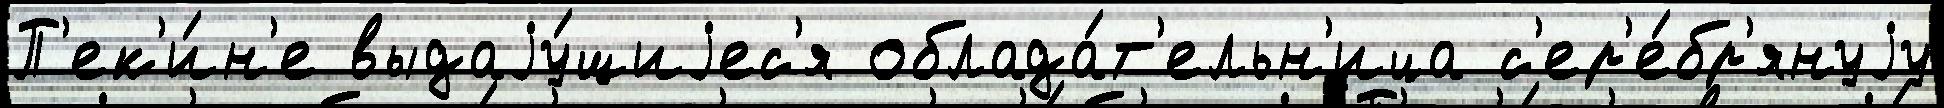
П'ек'и́н'е выдаjу́щиjес'я облада́т'ельн'ица с'ер'е́бр'януjу